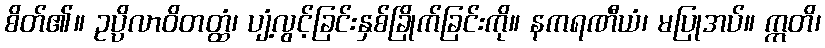
စိတ်၏။ ဥပ္ပိလာဝိတတ္ထံ၊ ပျံ့လွင့်ခြင်းနှစ်ခြိုက်ခြင်းကို။ နကရဏီယံ၊ မပြုအပ်။ ဣတိ၊